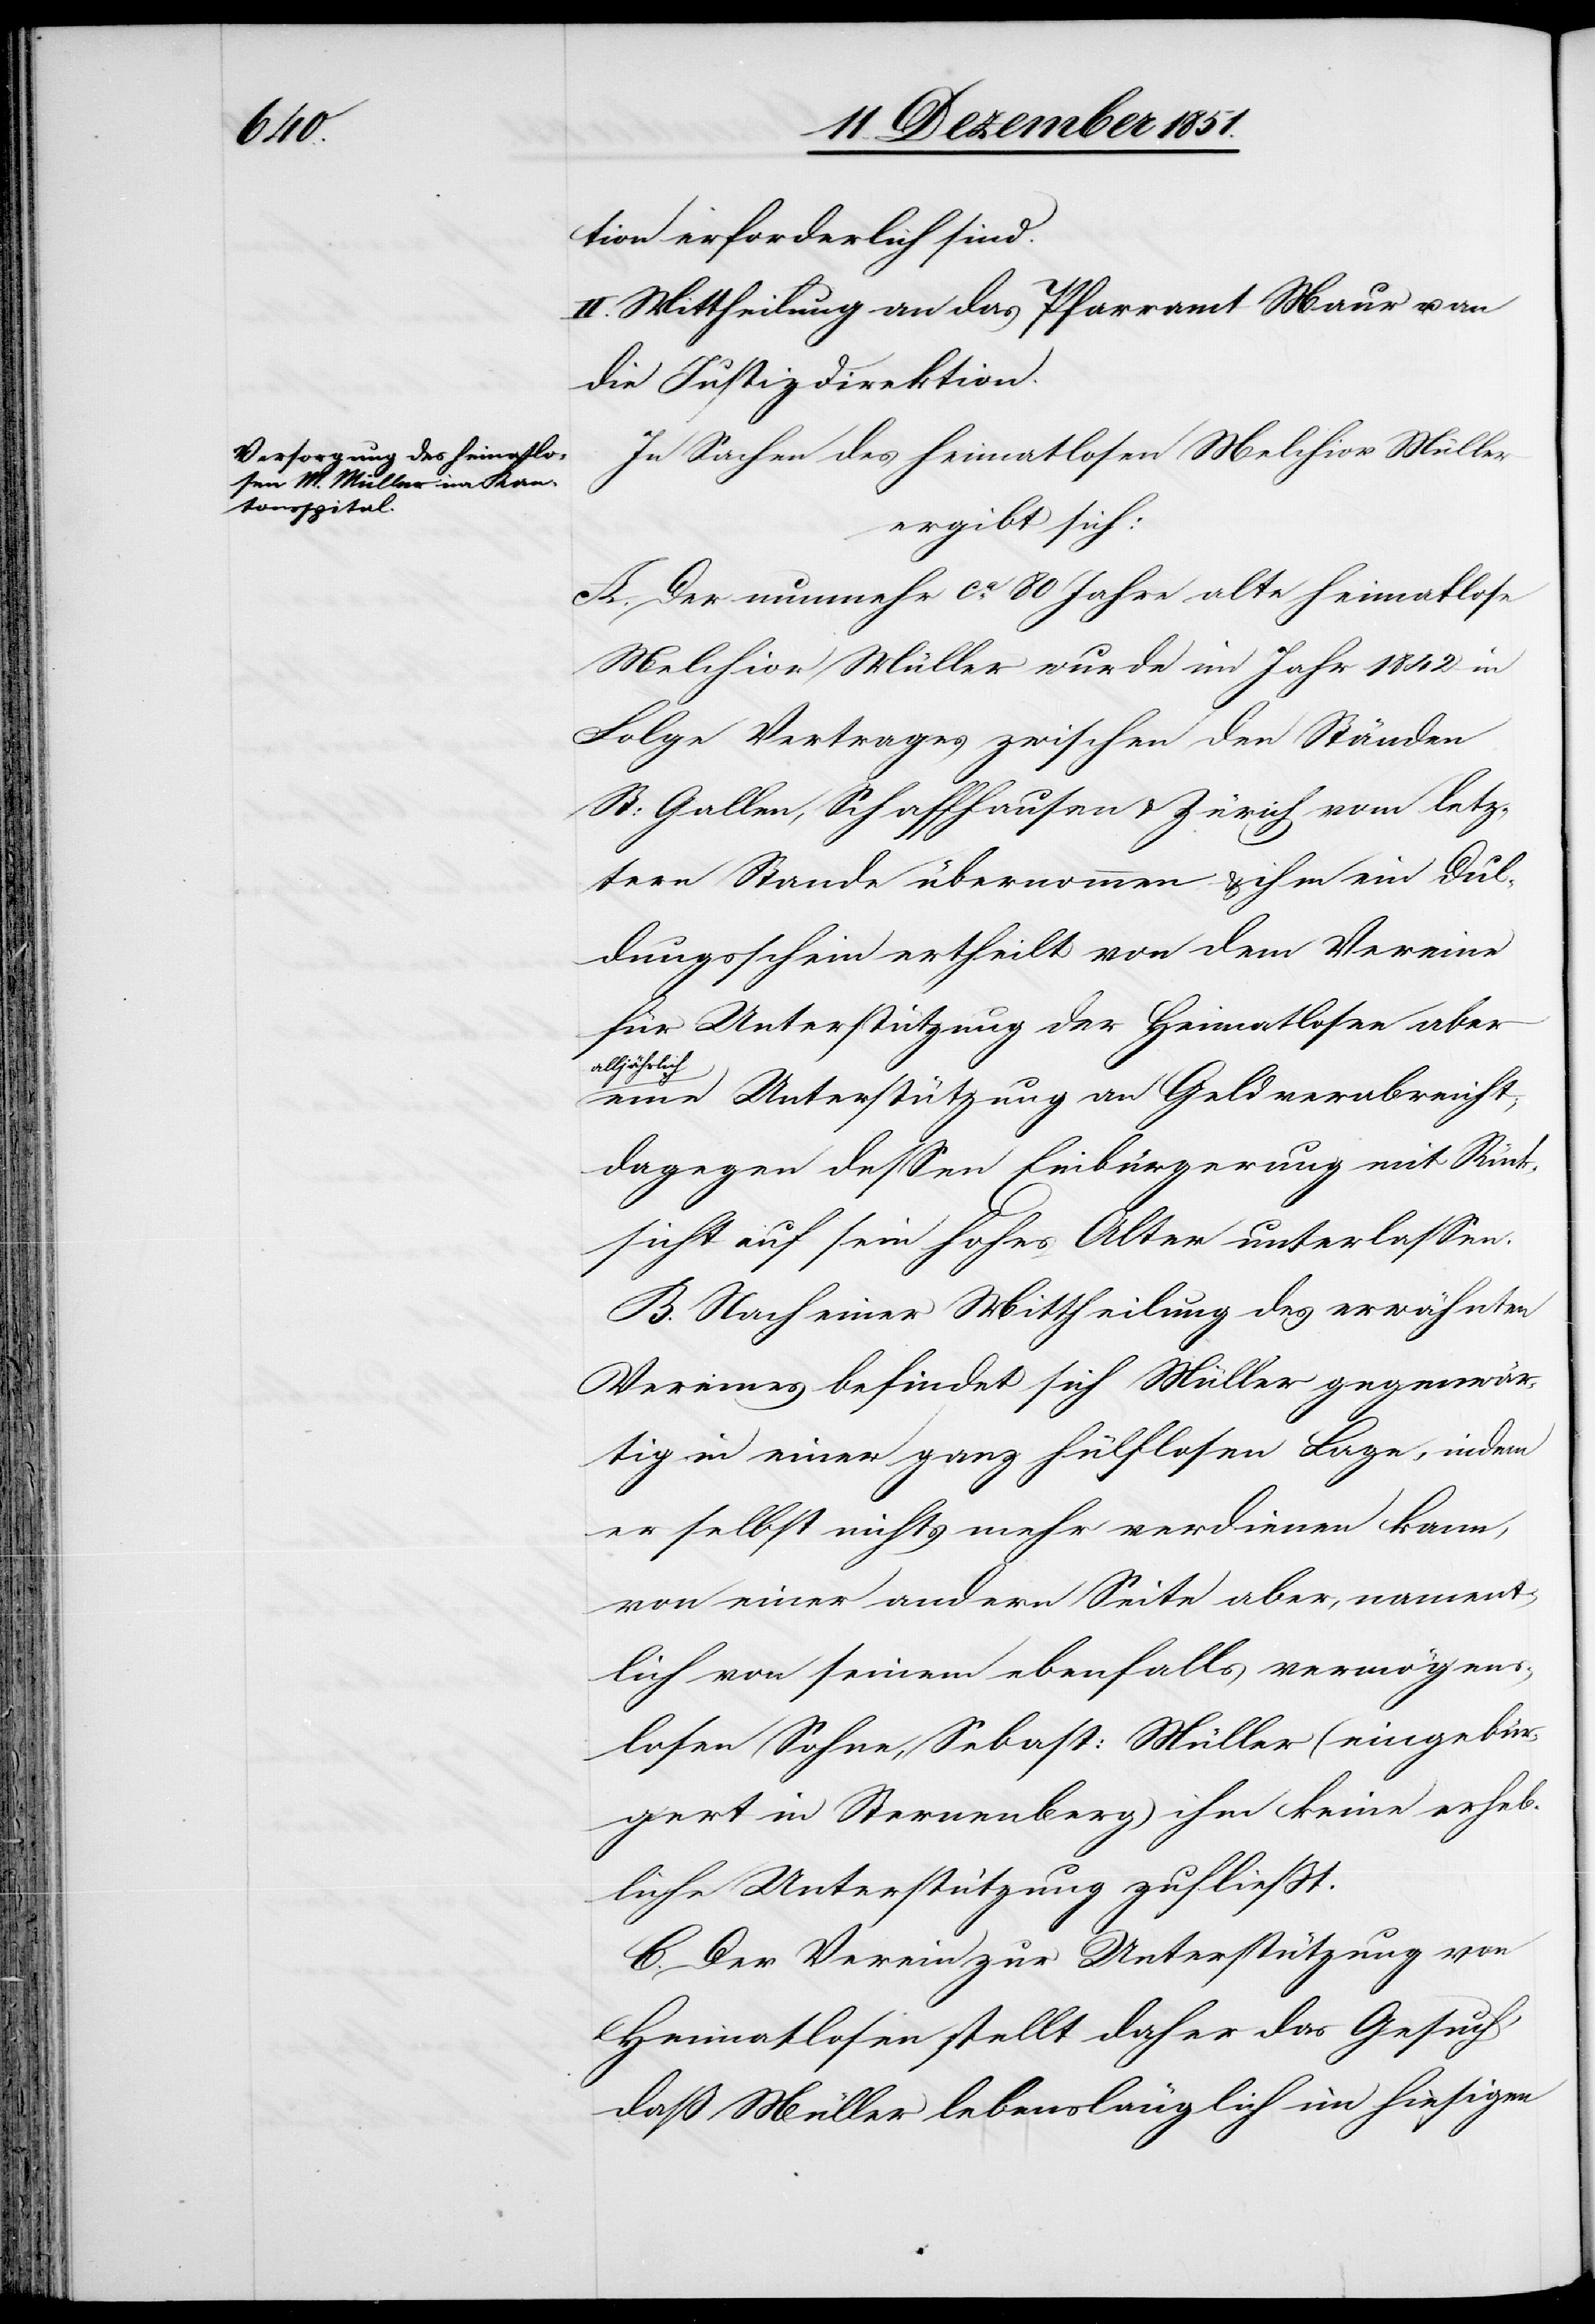
tion erforderlich sind.
II. Mittheilung an das Pfarramt Maur u. an
die Justizdirektion.
In Sachen des heimatlosen Melchior Müller
ergibt sich:
A. Der nunmehr ca. 80 Jahre alte heimatlose
Melchior Müller wurde im Jahr 1842 in
Folge Vertrages zwischen den Ständen
St: Gallen, Schaffhausen & Zürich vom letz¬
tern Stande übernommen & ihm ein Dul¬
dungsschein ertheilt von dem Vereine
für Unterstützung der Heimatlosen aber
alljährlich
eine Unterstützung an Geld verabreicht;
dagegen dessen Einbürgerung mit Rück¬
sicht auf sein hohes Alter unterlassen.
B. Nach einer Mittheilung des erwähnten
Vereines befindet sich Müller gegenwär¬
tig in einer ganz hülflosen Lage, indem
er selbst nichts mehr verdienen kann,
von einer andern Seite aber, nament¬
lich von seinem ebenfalls vermögens¬
losen Sohne, Sebast: Müller (eingebür¬
gert in Sternenberg) ihm keine erheb¬
liche Unterstützung zufließt.
C. Der Verein zur Unterstützung von
Heimatlosen stellt daher das Gesuch,
daß Müller lebenslänglich im hiesigen